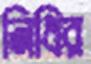
নিধির